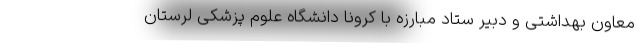
معاون بهداشتی و دبیر ستاد مبارزه با کرونا دانشگاه علوم پزشکی لرستان